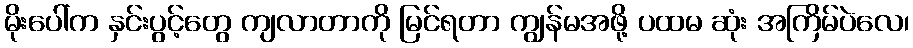
မိုးပေါ်က နှင်းပွင့်တွေ ကျလာတာကို မြင်ရတာ ကျွန်မအဖို့ ပထမ ဆုံး အကြိမ်ပဲလေ၊